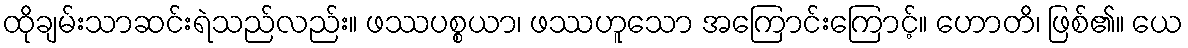
ထိုချမ်းသာဆင်းရဲသည်လည်း။ ဖဿပစ္စယာ၊ ဖဿဟူသော အကြောင်းကြောင့်။ ဟောတိ၊ ဖြစ်၏။ ယေ